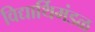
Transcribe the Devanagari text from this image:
विद्यार्थिमंडळ